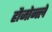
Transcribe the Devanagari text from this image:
हौजोन्त्ले